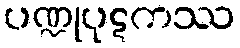
ပဏ္ဍုပုဋကဿ